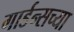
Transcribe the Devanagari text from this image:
गार्डन्सच्या